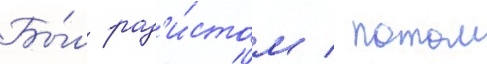
Бы́л рад'и́стом / потом